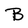
Character: B